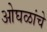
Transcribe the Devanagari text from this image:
ओघळांचे